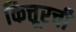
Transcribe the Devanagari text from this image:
कित्तूरची